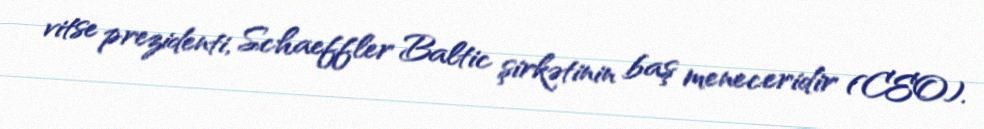
vitse prezidenti, Schaeffler Baltic şirkətinin baş meneceridir (CEO).